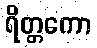
ရိတ္တကော